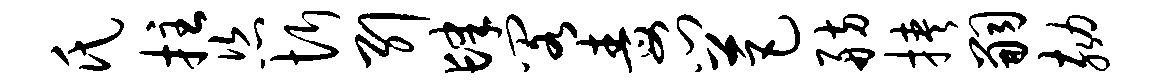
氏拄恣忻引肆阁毒门芭舫挟嗣劾